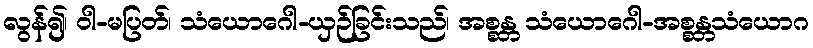
လွန်၍၊ ဝါ-မပြတ်၊ သံယောဂေါ-ယှဉ်ခြင်းသည်၊ အစ္စန္တ သံယောဂေါ-အစ္စန္တသံယောဂ